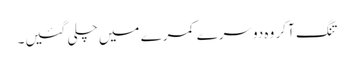
تنگ آ کر وہ دوسرے کمرے میں چلی گئیں۔